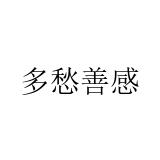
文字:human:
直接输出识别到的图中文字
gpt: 多愁善感